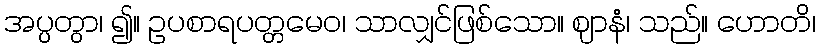
အပ္ပတွာ၊ ၍။ ဥပစာရပတ္တမေဝ၊ သာလျှင်ဖြစ်သော။ ဈာနံ၊ သည်။ ဟောတိ၊